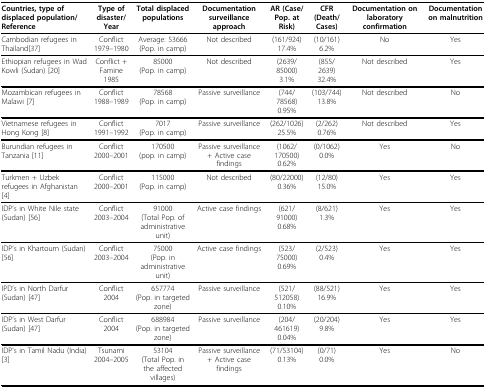
<table><thead><tr><td><b>Countries, type of displaced population/Reference</b></td><td><b>Type of disaster/Year</b></td><td><b>Total displaced populations</b></td><td><b>Documentation surveillance approach</b></td><td><b>AR (Case/Pop. at Risk)</b></td><td><b>CFR (Death/Cases)</b></td><td><b>Documentation on laboratory confirmation</b></td><td><b>Documentation on malnutrition</b></td></tr></thead><tbody><tr><td>Cambodian refugees in Thailand[37]</td><td>Conflict 1979--1980</td><td>Average: 53666(Pop. in camp)</td><td>Not described</td><td>(161/924) 17.4%</td><td>(10/161)6.2%</td><td>No</td><td>Yes</td></tr><tr><td>Ethiopian refugees in Wad Kowli (Sudan) [20]</td><td>Conflict + Famine 1985</td><td>85000(Pop. in camp)</td><td>Not described</td><td>(2639/85000) 3.1%</td><td>(855/2639)32.4%</td><td>Not described</td><td>Yes</td></tr><tr><td>Mozambican refugees in Malawi [7]</td><td>Conflict 1988--1989</td><td>78568(Pop. in camp)</td><td>Passive surveillance</td><td>(744/78568) 0.95%</td><td>(103/744)13.8%</td><td>Not described</td><td>No</td></tr><tr><td>Vietnamese refugees in Hong Kong [8]</td><td>Conflict 1991--1992</td><td>7017(Pop. in camp)</td><td>Passive surveillance</td><td>(262/1026)25.5%</td><td>(2/262)0.76%</td><td>Not described</td><td>Yes</td></tr><tr><td>Burundian refugees in Tanzania [11]</td><td>Conflict 2000--2001</td><td>170500(pop. in camp)</td><td>Passive surveillance + Active case findings</td><td>(1062/170500) 0.62%</td><td>(0/1062)0.0%</td><td>Yes</td><td>No</td></tr><tr><td>Turkmen + Uzbek refugees in Afghanistan [4]</td><td>Conflict 2000--2001</td><td>115000(Pop. in camp)</td><td>Not described</td><td>(80/22000) 0.36%</td><td>(12/80)15.0%</td><td>Yes</td><td>Yes</td></tr><tr><td>IDP&#x27;s in White Nile state (Sudan) [56]</td><td>Conflict 2003--2004</td><td>91000(Total Pop. of administrative unit)</td><td>Active case findings</td><td>(621/91000)0.68%</td><td>(8/621)1.3%</td><td>Yes</td><td>Yes</td></tr><tr><td>IDP&#x27;s in Khartoum (Sudan)[56]</td><td>Conflict 2003--2004</td><td>75000(Pop. in administrative unit)</td><td>Active case findings</td><td>(523/75000)0.69%</td><td>(2/523)0.4%</td><td>Yes</td><td>Yes</td></tr><tr><td>IPD&#x27;s in North Darfur (Sudan) [47]</td><td>Conflict 2004</td><td>657774(Pop. in targeted zone)</td><td>Passive surveillance</td><td>(521/512058) 0.10%</td><td>(88/521)16.9%</td><td>Yes</td><td>Yes</td></tr><tr><td>IDP&#x27;s in West Darfur (Sudan) [47]</td><td>Conflict 2004</td><td>688984(Pop. in targeted zone)</td><td>Passive surveillance</td><td>(204/461619) 0.04%</td><td>(20/204)9.8%</td><td>Yes</td><td>Yes</td></tr><tr><td>IDP&#x27;s in Tamil Nadu (India) [3]</td><td>Tsunami 2004--2005</td><td>53104(Total Pop. in the affected villages)</td><td>Passive surveillance + Active case findings</td><td>(71/53104) 0.13%</td><td>(0/71)0.0%</td><td>Yes</td><td>No</td></tr></tbody></table>